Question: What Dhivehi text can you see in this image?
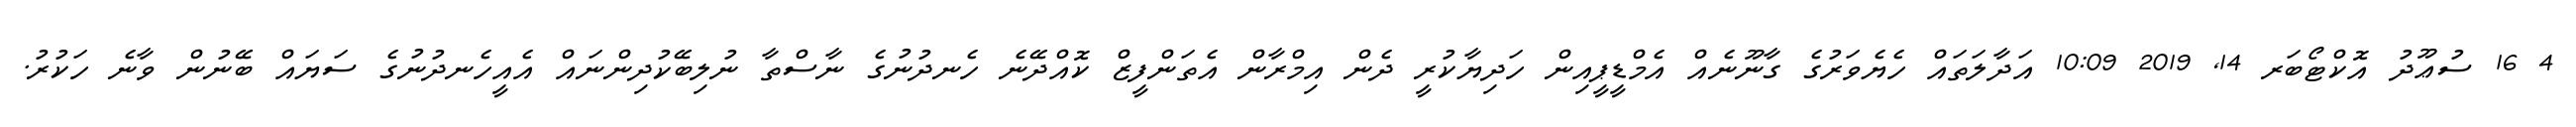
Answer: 4 16 ސުޢޫދު އޮކްޓޯބަރ 14, 2019 10:09 އަދާލަތައް ހެޔެވަރުގެ ގާނޫނެއް އެމްޑީޕީއިން ހަދިޔާކުރީ ދެން އިމްރާން އެތަންފީޒް ކޮއްދޭނެ ހެނދުނުގެ ނާސްތާ ނުލިބޭކުދިންނައް އެއީހެނދުނުގެ ސަޔައް ބޭނުން ވާނެ ހަކުރު.